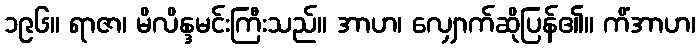
၁၉၆။ ရာဇာ၊ မိလိန္ဒမင်းကြီးသည်။ အာဟ၊ လျှောက်ဆိုပြန်၏။ ကိံအာဟ၊